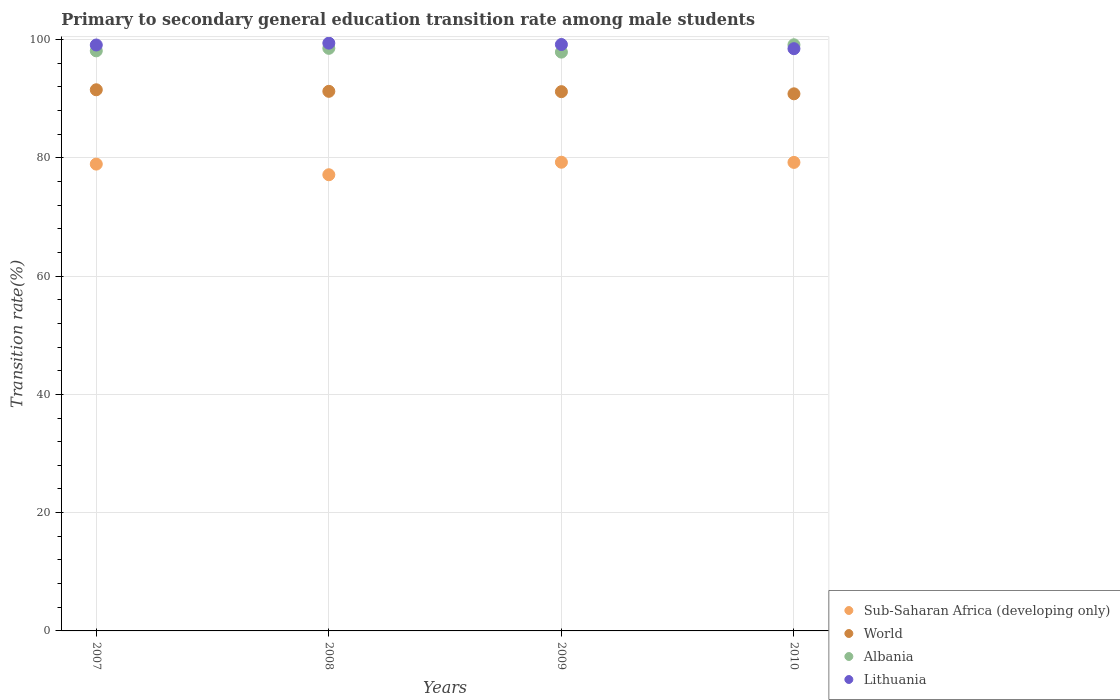
| Years | Sub-Saharan Africa (developing only) | World | Albania | Lithuania |
 | --- | --- | --- | --- | --- |
 | 2007 | 78.9 | 91.5 | 98.1 | 99.1 |
 | 2008 | 77.1 | 91.2 | 98.5 | 99.4 |
 | 2009 | 79.2 | 91.2 | 97.9 | 99.1 |
 | 2010 | 79.2 | 90.8 | 99.1 | 98.4 |